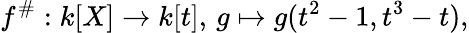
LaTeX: f^{\# }:k[X]\to k[t],\, g\mapsto g(t^{2}-1,t^{3}-t),